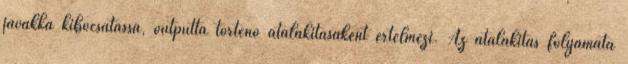
javakká kibocsátássá, outputtá történő átalakításaként értelmezi. Az átalakítás folyamata